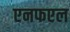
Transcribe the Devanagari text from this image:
एनफएल